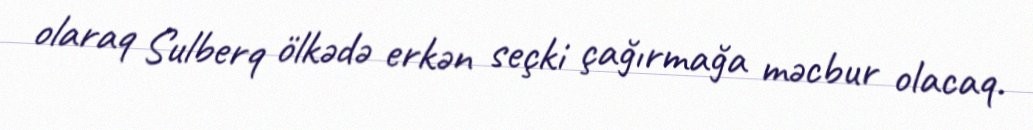
olaraq Sulberq ölkədə erkən seçki çağırmağa məcbur olacaq.